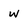
Character: w